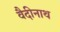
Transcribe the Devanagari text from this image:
वैदीनाथ